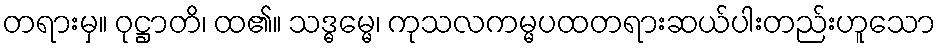
တရားမှ။ ဝုဋ္ဌာတိ၊ ထ၏။ သဒ္ဓမ္မေ၊ ကုသလကမ္မပထတရားဆယ်ပါးတည်းဟူသော